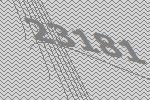
23181